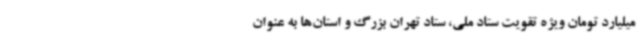
میلیارد تومان ویژه تقویت ستاد ملی، ستاد تهران بزرگ و استان‌ها به عنوان